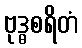
ဗုဒ္ဓစရိတံ